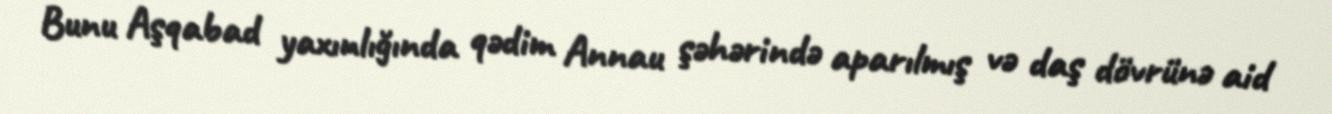
Bunu Aşqabad yaxınlığında qədim Annau şəhərində aparılmış və daş dövrünə aid